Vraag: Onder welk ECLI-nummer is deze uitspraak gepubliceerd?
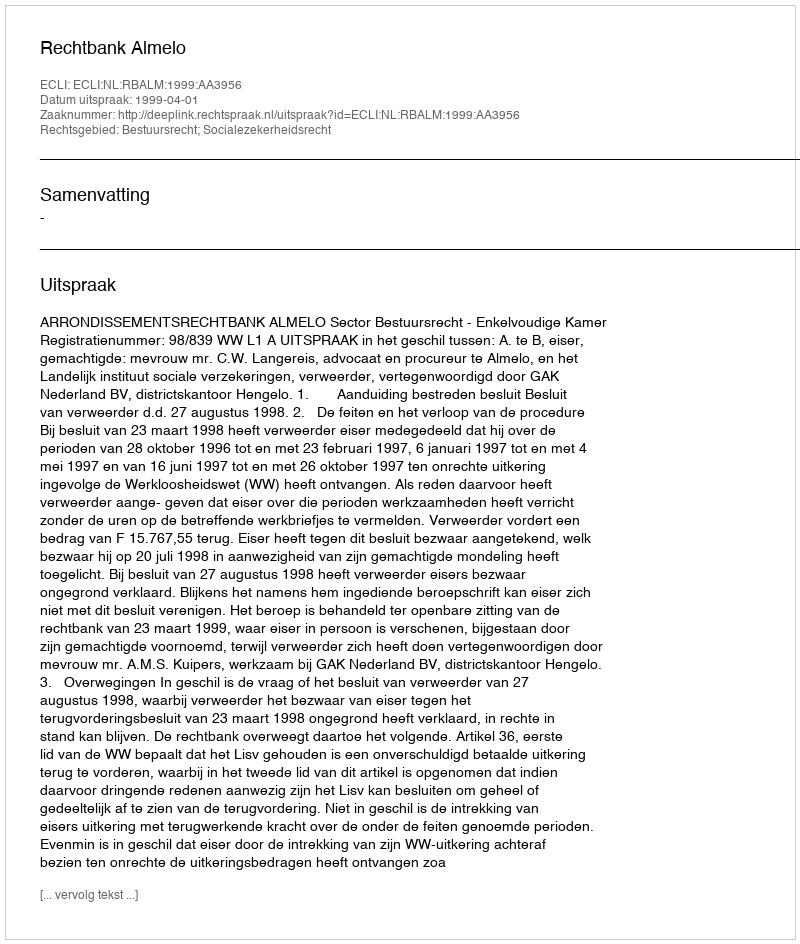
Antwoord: ECLI:NL:RBALM:1999:AA3956